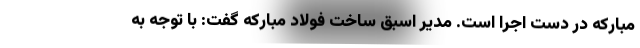
مبارکه در دست اجرا است. مدیر اسبق ساخت فولاد مبارکه گفت: با توجه به